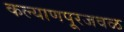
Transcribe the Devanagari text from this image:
कल्याणपूरजवळ